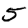
Digit: 5